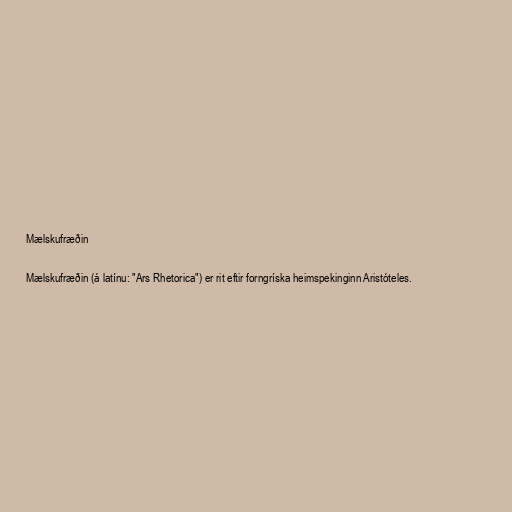
Mælskufræðin

Mælskufræðin (á latínu: "Ars Rhetorica") er rit eftir forngríska heimspekinginn Aristóteles.